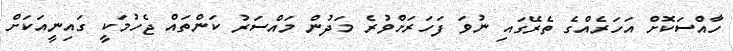
ހާއްސަކޮށް އަހަރެއްގެ ތެރޭގައި ނުވަ ފަހަރަށްވުރެ މަދުން މައްސަރު ކަންތައް ޖެހުމަކީ ގައިނީއަކަށް